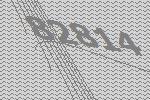
82814